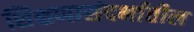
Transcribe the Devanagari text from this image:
शिक्षणासंदर्भातील